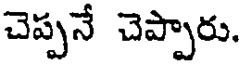
చెప్పనే చెప్పారు.